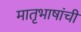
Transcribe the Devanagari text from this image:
मातृभाषांची